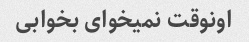
اونوقت نمیخوای بخوابی